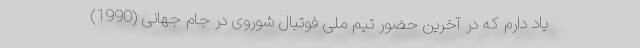
یاد دارم که در آخرین حضور تیم ملی فوتبال شوروی در جام جهانی (1990)